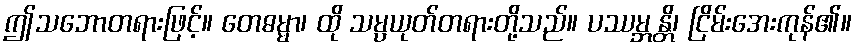
ဤသဘောတရားဖြင့်။ တေဓမ္မာ၊ ထို သမ္ပယုတ်တရားတို့သည်။ ပဿမ္ဘန္တိ၊ ငြိမ်းအေးကုန်၏။